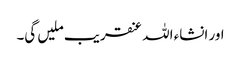
اور انشاء اللہ عنقریب ملیں گی۔